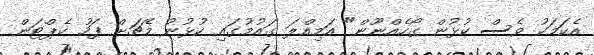
އެކަމަކު ވެސް ކުޅުން ގޯހެއްނޫން" އަމިއްލަ ގައުމުގައި ކުޅުނު މެޗަށް ފަހު ކެޕްޓަން